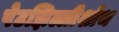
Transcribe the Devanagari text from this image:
पेटझिल्लीशोथ